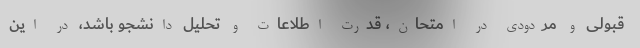
قبولی و مردودی در امتحان، قدرت اطلاعات و تحلیل دانشجو باشد، در این